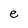
Character: e